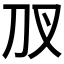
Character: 𭃇